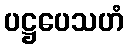
ပဋ္ဌပေသဟံ